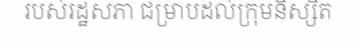
របស់រដ្ឋសភា ជម្រាបដល់ក្រុមនិស្សិត